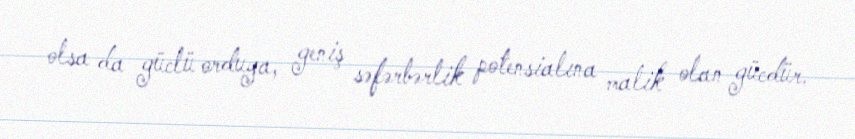
olsa da güclü orduya, geniş səfərbərlik potensialına malik olan gücdür.